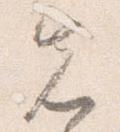
先